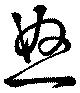
怒